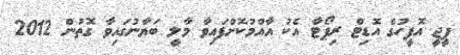
ޕީޖީ އޮފީހުގެ އޮޑިޓް ރިޕޯޓާ އެކު އާއްމުކޮށްފައިވާ މާލީ ބަޔާނުގައިވާ ގޮތުން 2012